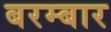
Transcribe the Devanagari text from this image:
बरम्बार